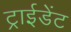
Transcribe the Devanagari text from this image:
ट्राईडेंट